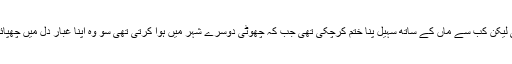
گھر میں ایک فرخی تھی جو چھوٹے کے لیے دکھی تھی لیکن کب سے ماں کے ساتھ سہیل پنا ختم کرچکی تھی جب کہ چھوٹی دوسرے شہر میں ہوا کرتی تھی سو وہ اپنا غبار دل میں چھپائے تکیے کو سینے کے ساتھ بھینچ کر رو لیا کرتی تھی۔